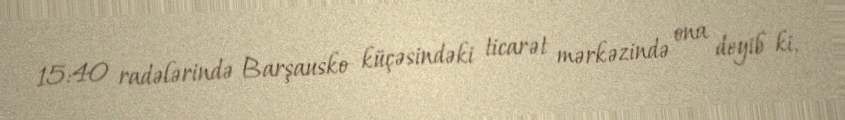
15:40 radələrində Barşausko küçəsindəki ticarət mərkəzində ona deyib ki,